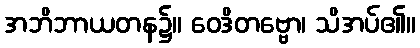
အဘိဘာယတန၌။ ဝေဒိတဗ္ဗော၊ သိအပ်၏။